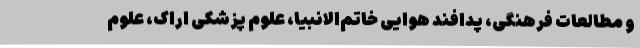
و مطالعات فرهنگی، پدافند هوایی خاتم‌الانبیا، علوم پزشکی اراک، علوم